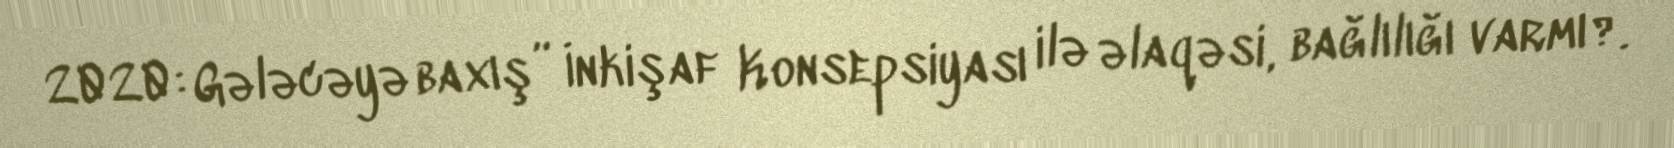
2020: Gələcəyə baxış” İnkişaf Konsepsiyası ilə əlaqəsi, bağlılığı varmı?.